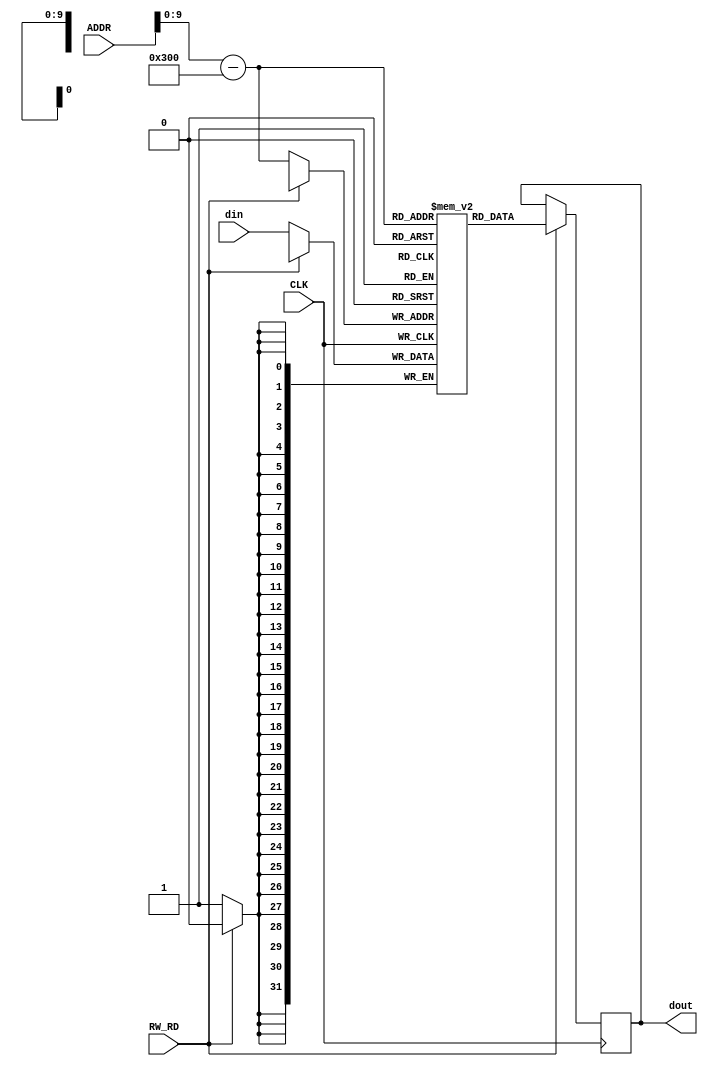
/*
Eduardo Augusto Ribeiro Duenas - 2017011086 - Turma 2
Jackson Galdino Da Silveira    - 2018010136 - Turma 1
Jean Tan Li                    - 2018000069 - Turma 1
*/

module datamemory 
    #(
        // 1k de word de 32 bits
        parameter data_WIDTH = 32,
        parameter ADDR_WIDTH = 10
    )
    (
        input [31:0] ADDR,
        input RW_RD,	// RW_RD = 0 -> escrita => RW_RD = 1 -> leitura;
        input CLK,
        input [data_WIDTH-1:0] din,
        output reg [data_WIDTH-1:0] dout
    );

	// [32] X [1024]
	reg [data_WIDTH-1:0] memData [0:(1<<ADDR_WIDTH)-1];
	
	initial begin
		memData[2] = 32'd2001;
		memData[3] = 32'd4001;
		memData[4] = 32'd5001;
		memData[5] = 32'd3001;
	end
	
	
	always@(posedge CLK) begin
		if (~RW_RD) // ~RW_RD = escrita
			memData[ADDR-32'h4b00] <= din;
		else 		// RW_RD = leitura
			dout <= memData[ADDR-32'h4b00];
	end
endmodule